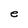
Character: e